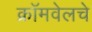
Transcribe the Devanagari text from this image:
क्रॉमवेलचे